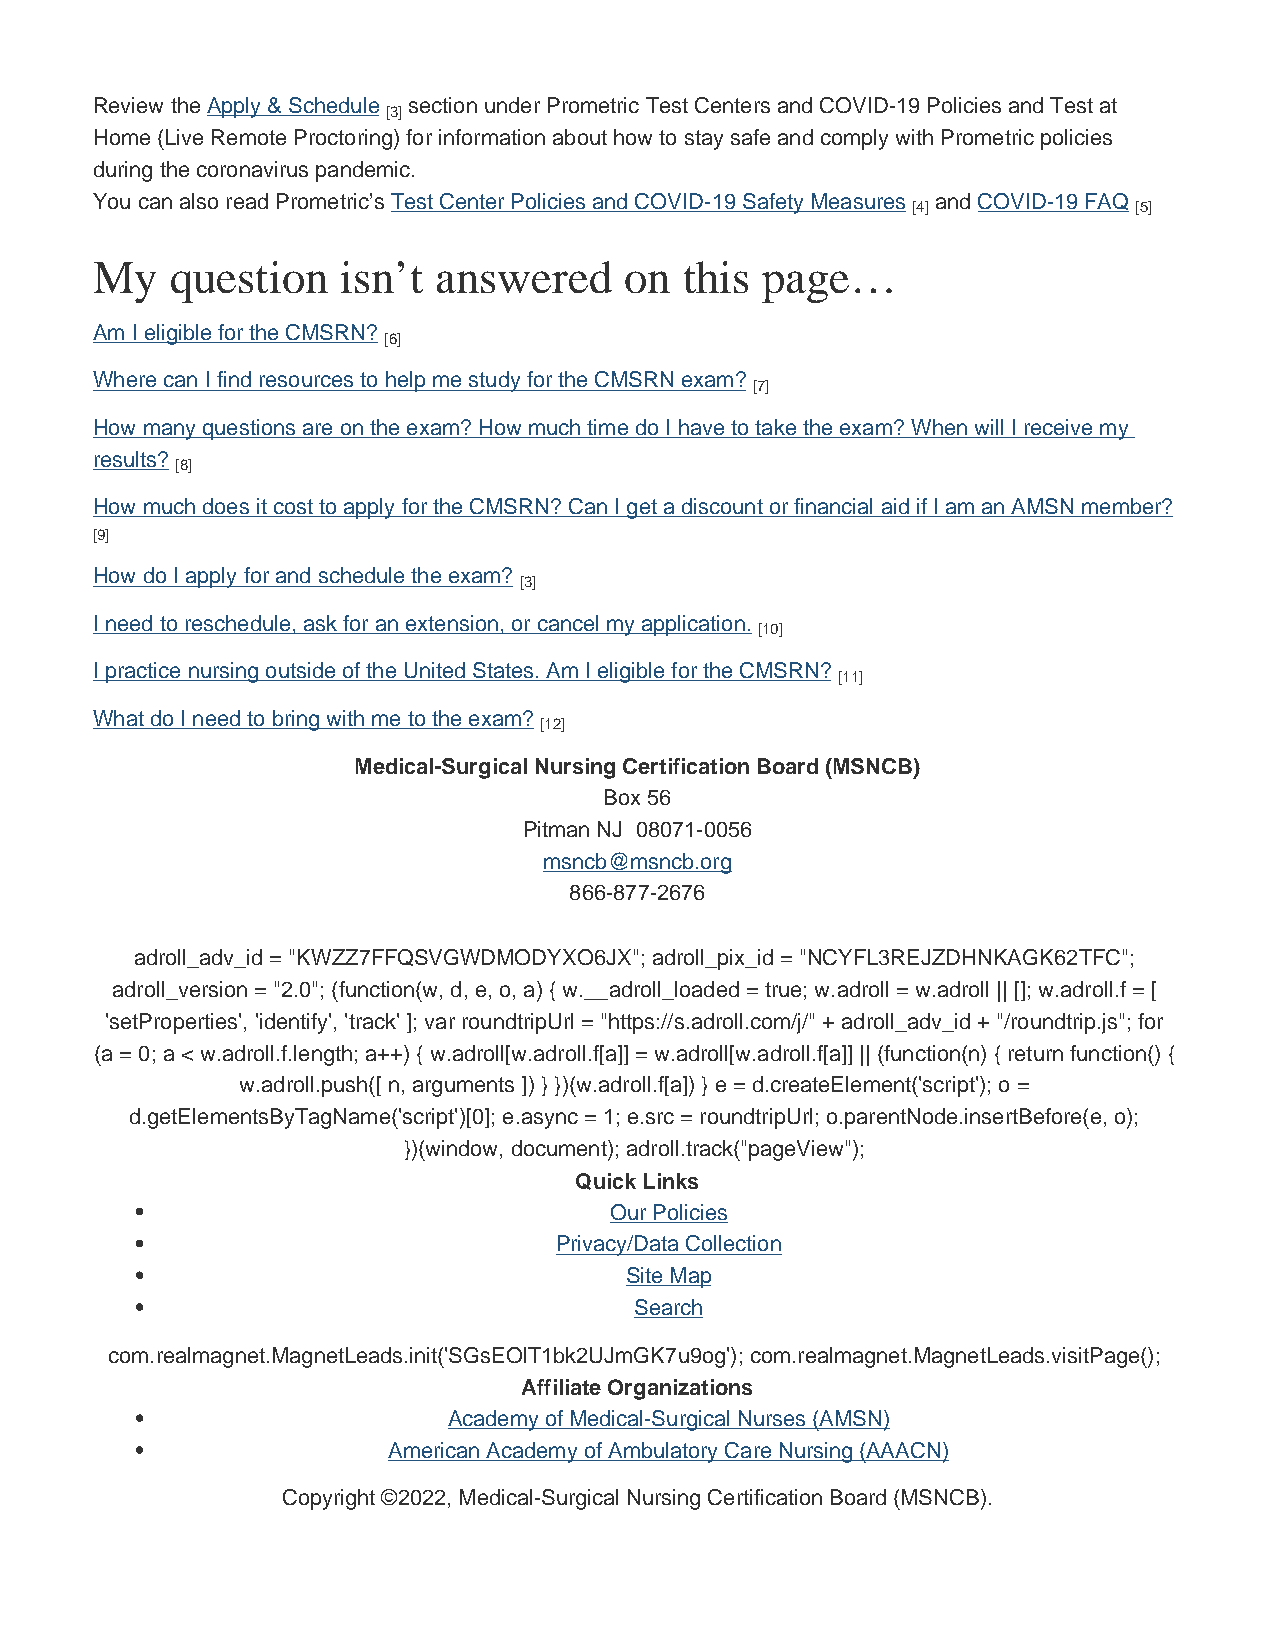
Review the Apply & Schedule section under Prometric Test Centers and COVID-19 Policies and Test at
 [3]
 Home (Live Remote Proctoring) for information about how to stay safe and comply with Prometric policies
 during the coronavirus pandemic.
 You can also read Prometric’s Test Center Policies and COVID-19 Safety Measures and COVID-19 FAQ
 [4]            [5]
 My   question    isn’t answered    on  this page…
 Am I eligible for the CMSRN?
 [6]
 Where can I find resources to help me study for the CMSRN exam?
 [7]
 How many questions are on the exam? How much time do I have to take the exam? When will I receive my
 results?
 [8]
 How much does it cost to apply for the CMSRN? Can I get a discount or financial aid if I am an AMSN member?
 [9]
 How do I apply for and schedule the exam?
 [3]
 I need to reschedule, ask for an extension, or cancel my application.
 [10]
 I practice nursing outside of the United States. Am I eligible for the CMSRN?
 [11]
 What do I need to bring with me to the exam?
 [12]
 Medical-Surgical Nursing Certification Board (MSNCB)
 Box 56
 Pitman NJ 08071-0056
 msncb@msncb.org
 866-877-2676
 adroll_adv_id = "KWZZ7FFQSVGWDMODYXO6JX"; adroll_pix_id = "NCYFL3REJZDHNKAGK62TFC";
 adroll_version = "2.0"; (function(w, d, e, o, a) { w.__adroll_loaded = true; w.adroll = w.adroll || []; w.adroll.f = [
 'setProperties', 'identify', 'track' ]; var roundtripUrl = "https://s.adroll.com/j/" + adroll_adv_id + "/roundtrip.js"; for
 (a = 0; a < w.adroll.f.length; a++) { w.adroll[w.adroll.f[a]] = w.adroll[w.adroll.f[a]] || (function(n) { return function() {
 w.adroll.push([ n, arguments ]) } })(w.adroll.f[a]) } e = d.createElement('script'); o =
 d.getElementsByTagName('script')[0]; e.async = 1; e.src = roundtripUrl; o.parentNode.insertBefore(e, o);
 })(window, document); adroll.track("pageView");
 Quick Links
 Our Policies
 Privacy/Data Collection
 Site Map
 Search
 com.realmagnet.MagnetLeads.init('SGsEOlT1bk2UJmGK7u9og'); com.realmagnet.MagnetLeads.visitPage();
 Affiliate Organizations
 Academy of Medical-Surgical Nurses (AMSN)
 American Academy of Ambulatory Care Nursing (AAACN)
 Copyright ©2022, Medical-Surgical Nursing Certification Board (MSNCB).